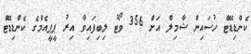
ކެންޑިޑޭޓް ހުސައިން ޝާމިލް އަށް 356 ވޯޓު ލިބިފައިވާ އިރު ޕީޕީއެމްގެ ކެންޑިޑޭޓް